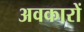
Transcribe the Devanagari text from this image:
अवकारों